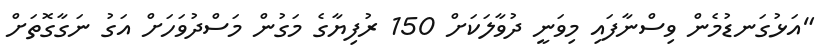
"އަޅުގަނޑުމެން ވިސްނާފައި މިވަނީ ދުވާލަކަށް 150 ރުފިޔާގެ މަގުން މަސްދުވަހަށް އަގު ނަގާގޮތަށް